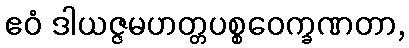
ဧဝံ ဒါယဇ္ဇမဟတ္တပစ္စဝေက္ခဏတာ,